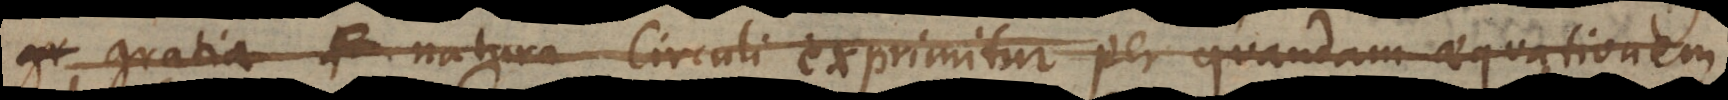
gratia natura Circuli exprimitur per quandam aequationem